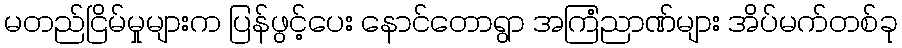
မတည်ငြိမ်မှုများက ပြန်ဖွင့်ပေး နောင်တောရွာ အကြံညာဏ်များ အိပ်မက်တစ်ခု